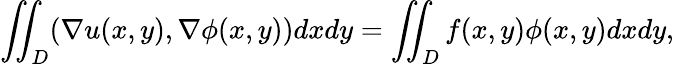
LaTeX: \iint_{D}(\nabla u(x,y),\nabla\phi(x,y))dxdy=\iint_{D}f(x,y)\phi(x,y)dxdy,